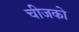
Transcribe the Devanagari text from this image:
चीजको